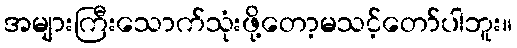
အများကြီးသောက်သုံးဖို့တော့မသင့်တော်ပါဘူး။